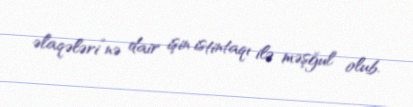
əlaqələri”nə dair işin istintaqı ilə məşğul olub.